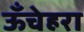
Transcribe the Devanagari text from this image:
ऊँचेहरा